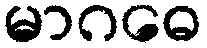
မာဂဓေ